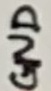
Text: GND